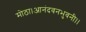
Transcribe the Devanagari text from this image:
मोठा।आनंदवनभुवनी।।